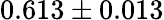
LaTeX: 0.613\pm 0.013